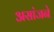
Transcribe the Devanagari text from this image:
असांजने